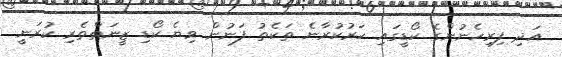
އަދި ފިރިހެނުންގެ ކޯޑީގައި ހަރުކުރާނެ ތަކެތު ފަނުން ވިޔެ ކޯޑި ޒީނަތްތެރި ކުރަނީ